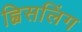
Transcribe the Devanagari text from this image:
ह्विसलिंग